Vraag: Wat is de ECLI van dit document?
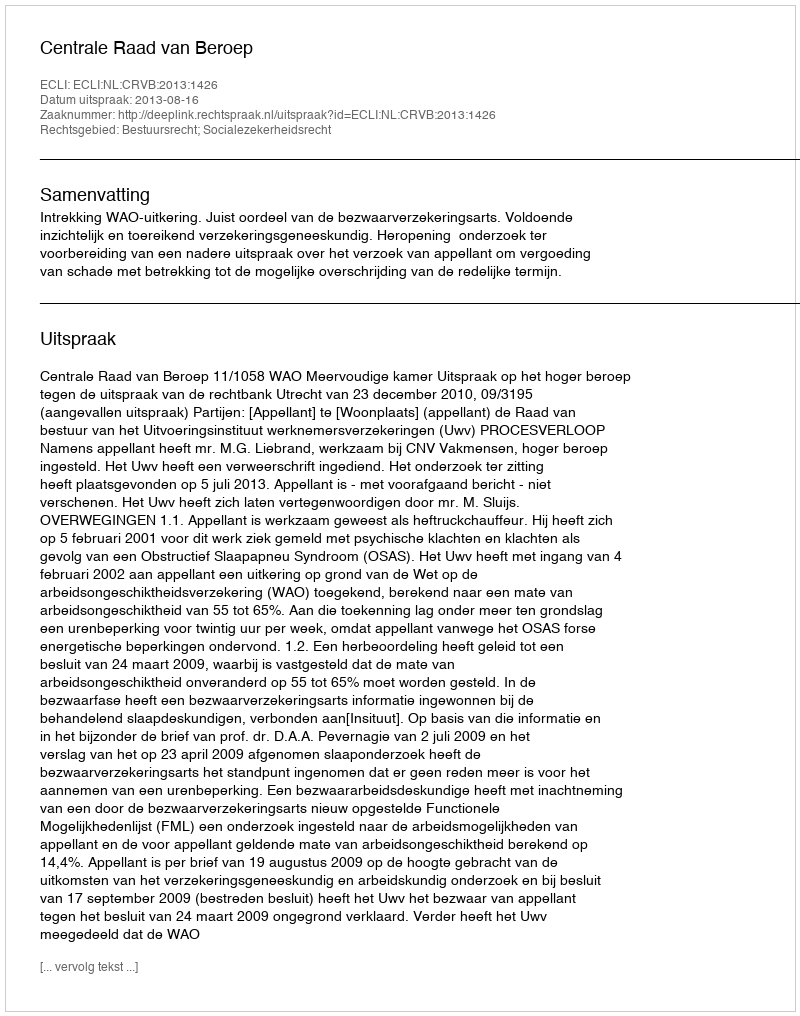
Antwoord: ECLI:NL:CRVB:2013:1426